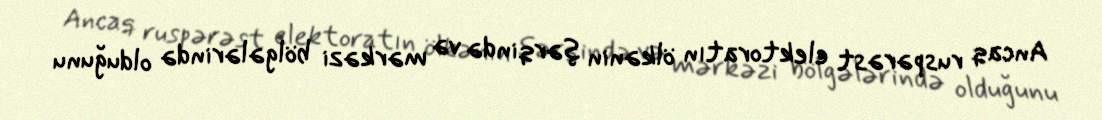
Ancaq ruspərəst elektoratın ölkənin şərqində və mərkəzi bölgələrində olduğunu